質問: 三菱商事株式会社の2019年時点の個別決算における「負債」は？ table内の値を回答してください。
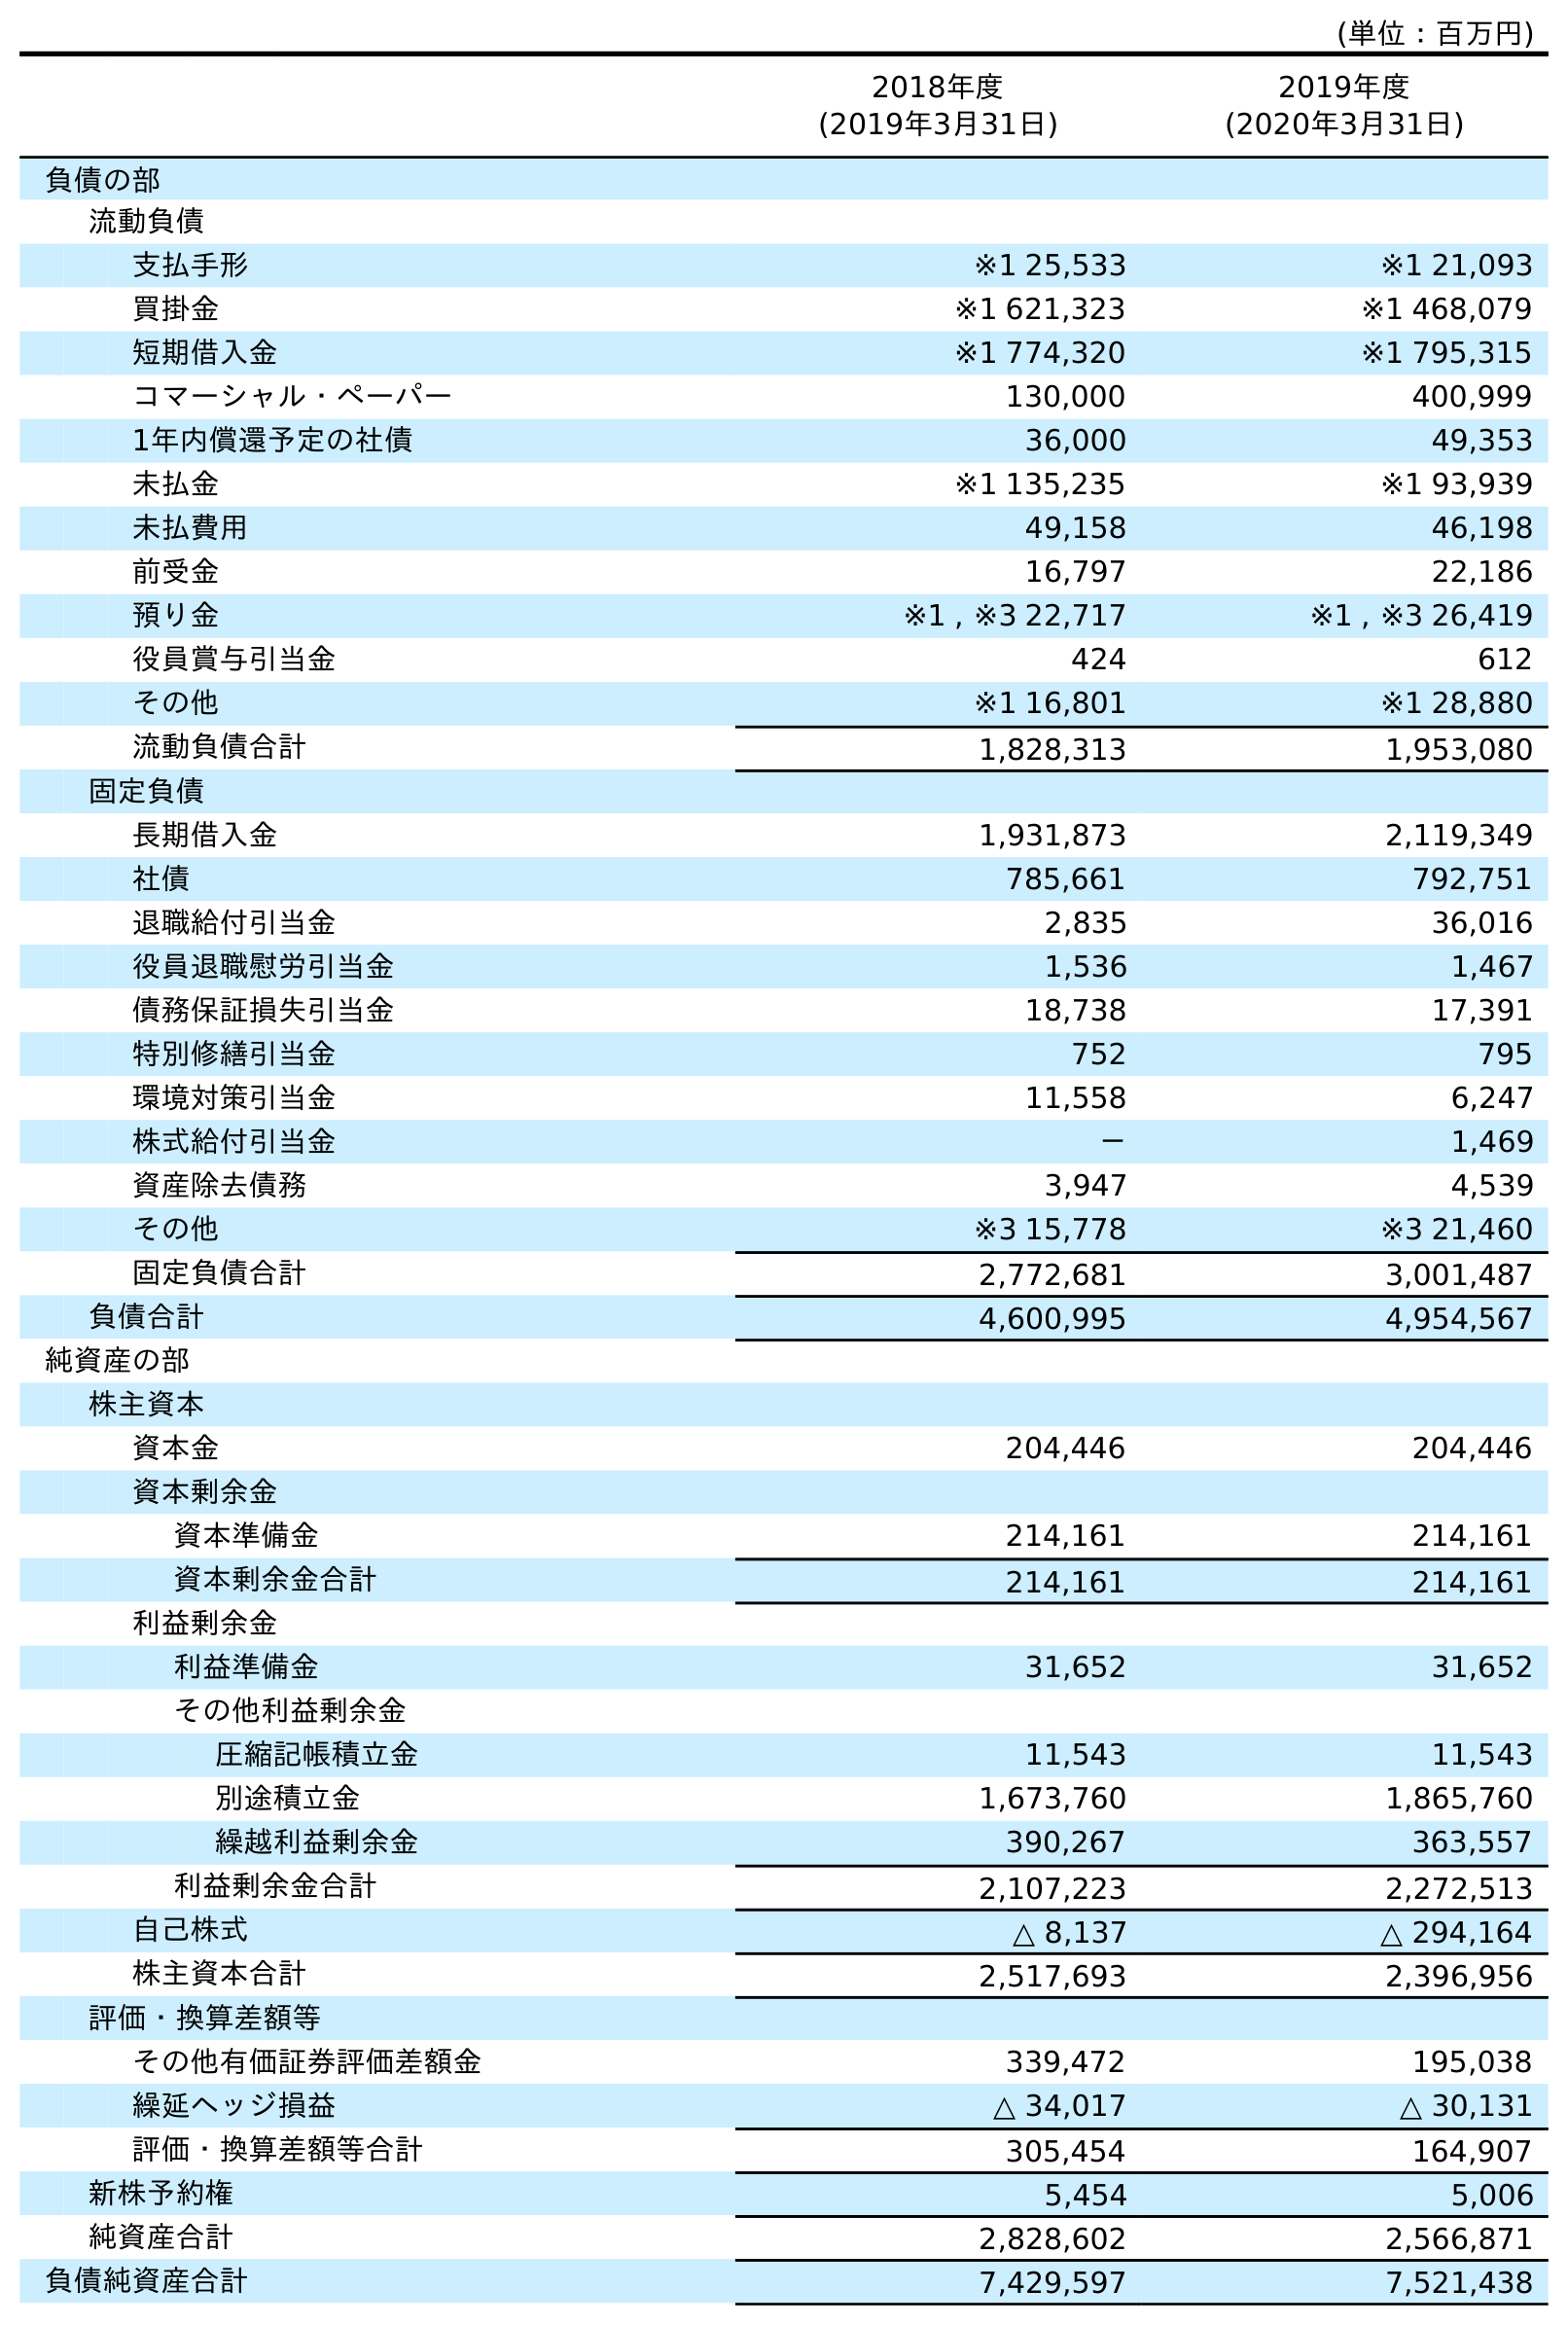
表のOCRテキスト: (単位：百万円) 2018年度 (2019年3月31日) 2019年度 (2020年3月31日) 負債の部 流動負債 支払手形 ※1 25,533 ※1 21,093 買掛金 ※1 621,323 ※1 468,079 短期借入金 ※1 774,320 ※1 795,315 コマーシャル・ペーパー 130,000 400,999 1年内償還予定の社債 36,000 49,353 未払金 ※1 135,235 ※1 93,939 未払費用 49,158 46,198 前受金 16,797 22,186 預り金 ※1 , ※3 22,717 ※1 , ※3 26,419 役員賞与引当金 424 612 その他 ※1 16,801 ※1 28,880 流動負債合計 1,828,313 1,953,080 固定負債 長期借入金 1,931,873 2,119,349 社債 785,661 792,751 退職給付引当金 2,835 36,016 役員退職慰労引当金 1,536 1,467 債務保証損失引当金 18,738 17,391 特別修繕引当金 752 795 環境対策引当金 11,558 6,247 株式給付引当金 － 1,469 資産除去債務 3,947 4,539 その他 ※3 15,778 ※3 21,460 固定負債合計 2,772,681 3,001,487 負債合計 4,600,995 4,954,567 純資産の部 株主資本 資本金 204,446 204,446 資本剰余金 資本準備金 214,161 214,161 資本剰余金合計 214,161 214,161 利益剰余金 利益準備金 31,652 31,652 その他利益剰余金 圧縮記帳積立金 11,543 11,543 別途積立金 1,673,760 1,865,760 繰越利益剰余金 390,267 363,557 利益剰余金合計 2,107,223 2,272,513 自己株式 △ 8,137 △ 294,164 株主資本合計 2,517,693 2,396,956 評価・換算差額等 その他有価証券評価差額金 339,472 195,038 繰延ヘッジ損益 △ 34,017 △ 30,131 評価・換算差額等合計 305,454 164,907 新株予約権 5,454 5,006 純資産合計 2,828,602 2,566,871 負債純資産合計 7,429,597 7,521,438
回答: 4,600,995